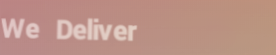
We Deliver